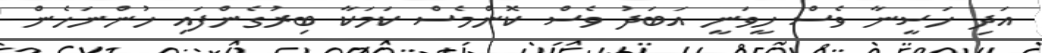
އަދި ހަސީނާ ވެސް ހީވަނީ އަބަދު ވެސް ކޮންމެސް ކަމަކާ ބިރުގެންފައި ހުންނަހެން